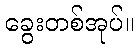
ခွေးတစ်အုပ်။